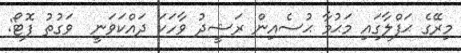
މިރޭގެ ޙަފްލާގައި މަޙުމާ ޙުސެއިން ރަޝީދު ވާހަކަ ދައްކަވަނީ  ވަގުތު ފޮޓޯ: